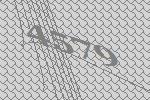
4579